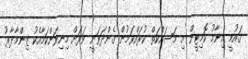
ޤައުމީ އިނާމު ކޮމިޓީން މި މަސައްކަތް ކުރައްވަމުން ގެންދަވަނީ ވަރަށް މިނިވަންކަމާއެކު ޒިންމާދާރު